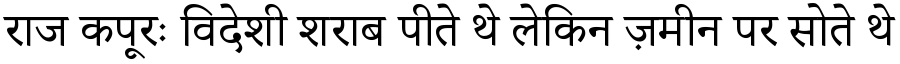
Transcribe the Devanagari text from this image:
राज कपूरः विदेशी शराब पीते थे लेकिन ज़मीन पर सोते थे